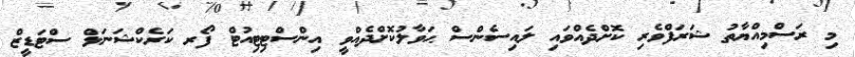
މި ރަސްމިއްޔާތު ޝަރަފްވެރި ކޮށްދެއްވައި ލައިސެންސް ޙަވާލުކޮށްދެއްވީ އިންސްޓިޓިއުޓް ފޯރ ކަރެކްޝަނަލް ސްޓަޑީޒް